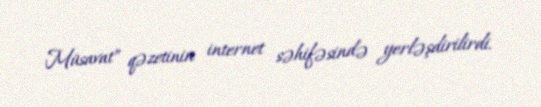
Müsavat” qəzetinin internet səhifəsində yerləşdirilirdi.